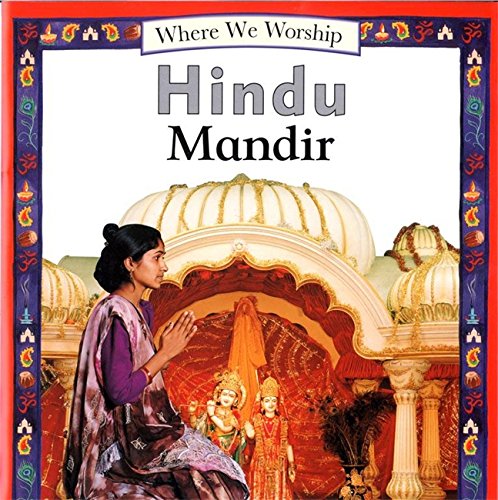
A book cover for Hindu Mandir (Where We Worship); Angela Wood; Children's Books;